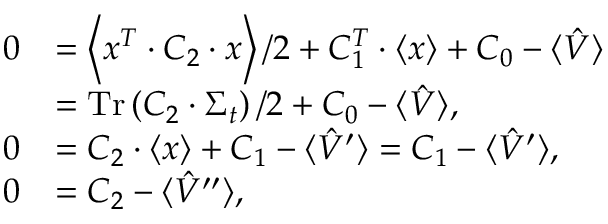
\begin{array} { r l } { 0 } & { = \left\langle x ^ { T } \cdot C _ { 2 } \cdot x \right\rangle / 2 + C _ { 1 } ^ { T } \cdot \left\langle x \right\rangle + C _ { 0 } - \langle \hat { V } \rangle } \\ & { = \operatorname * { T r } \left( C _ { 2 } \cdot \Sigma _ { t } \right) / 2 + C _ { 0 } - \langle \hat { V } \rangle , } \\ { 0 } & { = C _ { 2 } \cdot \left\langle x \right\rangle + C _ { 1 } - \langle \hat { V } ^ { \prime } \rangle = C _ { 1 } - \langle \hat { V } ^ { \prime } \rangle , } \\ { 0 } & { = C _ { 2 } - \langle \hat { V } ^ { \prime \prime } \rangle , } \end{array}